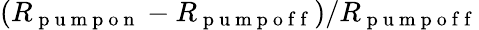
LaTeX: (R_{\mathrm{~p~u~m~p~o~n~}}-R_{\mathrm{~p~u~m~p~o~f~f~}})/R_{\mathrm{~p~u~m~p~o~f~f~}}